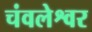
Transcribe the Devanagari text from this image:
चंवलेश्वर